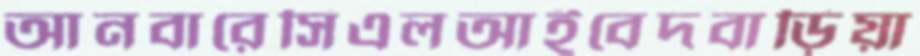
আনবারেসিএলআইবেদবাড়িয়া